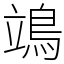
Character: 鴗